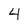
Character: 4